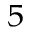
_ 5